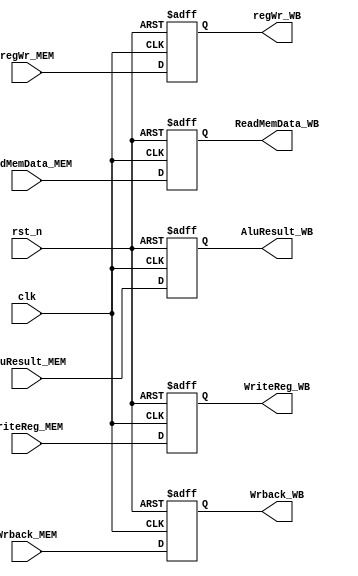
//module: Memory -> WriteBack
//MEM_WB

module MEM_WB(
    input           clk,
    input           rst_n,
    input           regWr_MEM,
    input           Wrback_MEM,

    input [31:0]    ReadMemData_MEM,
    input [31:0]    AluResult_MEM,
    input [4:0]     WriteReg_MEM,

    output reg      regWr_WB,
    output reg      Wrback_WB,

    output reg [31:0] ReadMemData_WB,
    output reg [31:0] AluResult_WB,
    output reg [4:0]  WriteReg_WB
);
    
    always @(posedge clk,negedge rst_n) begin
        if(~rst_n)begin
            regWr_WB            <=   0;
            Wrback_WB           <=   0;
            ReadMemData_WB      <=   0;
            AluResult_WB        <=   0;
            WriteReg_WB         <=   0;
        end
        else begin
            regWr_WB            <=   regWr_MEM;
            Wrback_WB           <=   Wrback_MEM;
            ReadMemData_WB      <=   ReadMemData_MEM;
            AluResult_WB        <=   AluResult_MEM;
            WriteReg_WB         <=   WriteReg_MEM;
        end
    end
    
endmodule